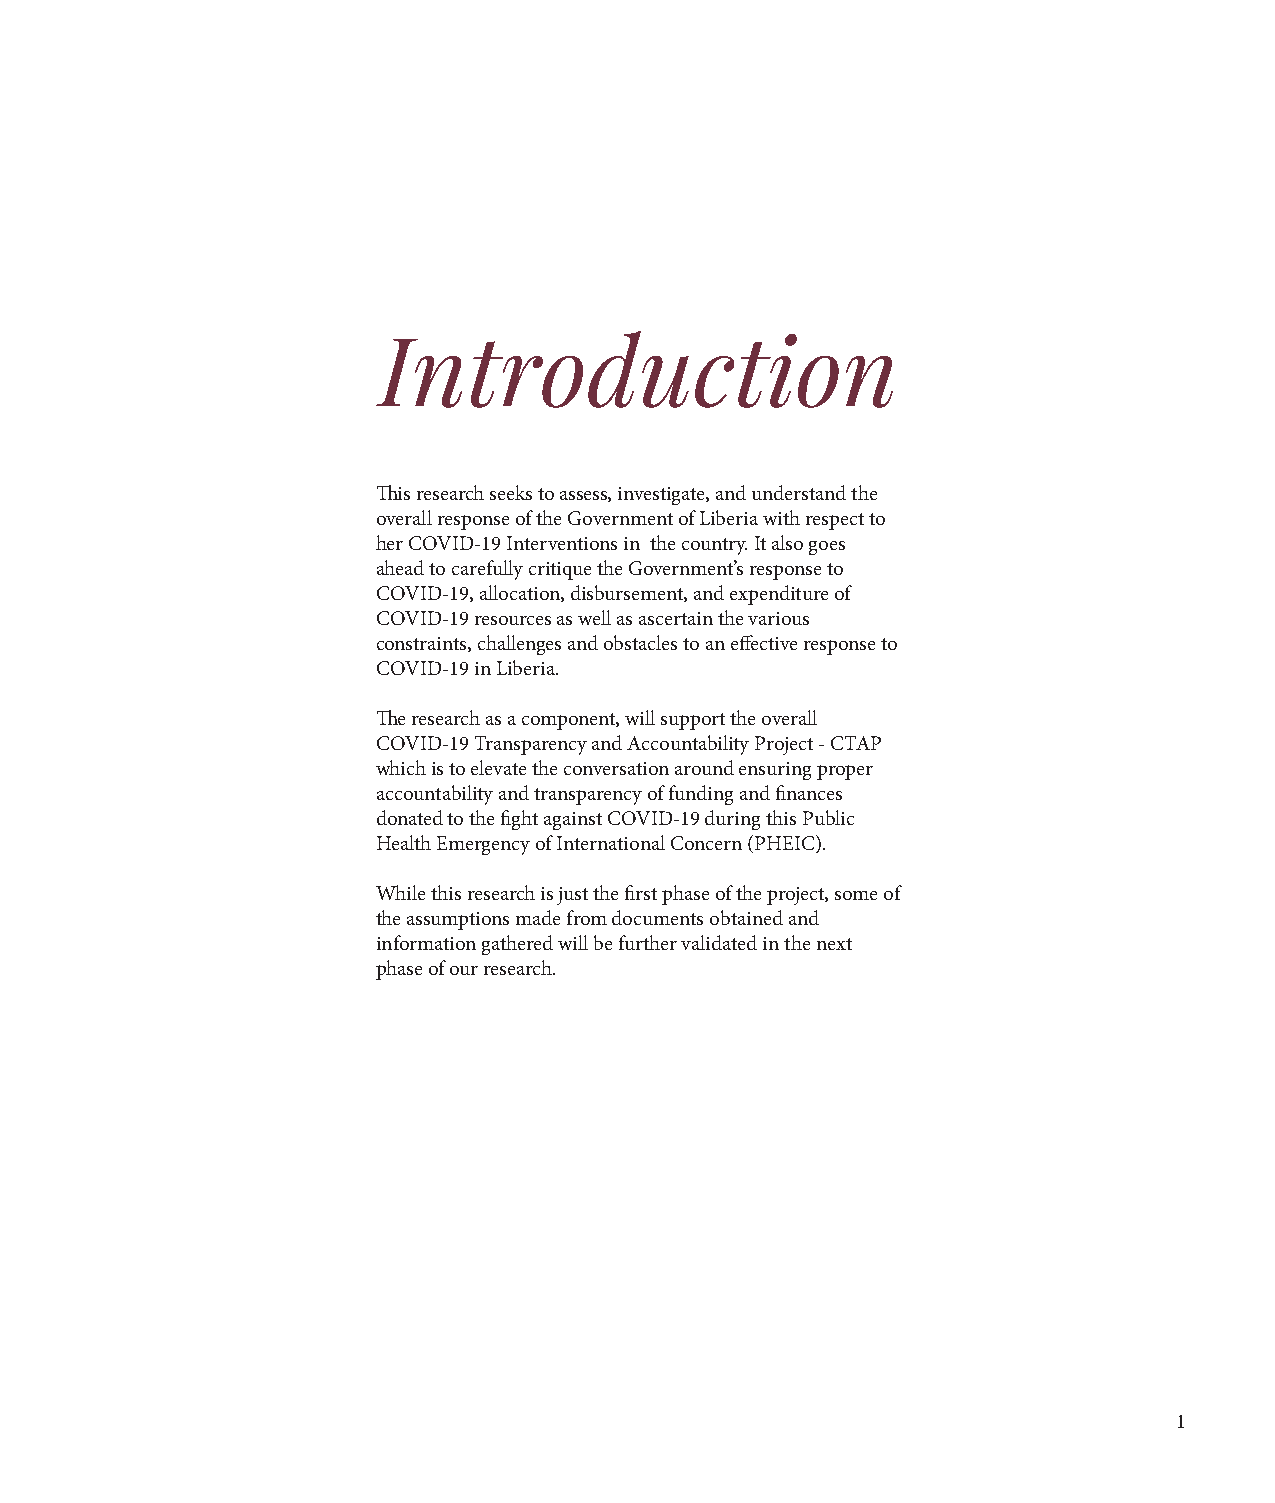
Introduction
 This research seeks to assess, investigate, and understand the
 overall response of the Government of Liberia with respect to
 her COVID-19 Interventions in the country. It also goes
 ahead to carefully critique the Government’s response to
 COVID-19, allocation, disbursement, and expenditure of
 COVID-19 resources as well as ascertain the various
 constraints, challenges and obstacles to an effective response to
 COVID-19 in Liberia.
 The research as a component, will support the overall
 COVID-19 Transparency and Accountability Project - CTAP
 which is to elevate the conversation around ensuring proper
 accountability and transparency of funding and finances
 donated to the fight against COVID-19 during this Public
 Health Emergency of International Concern (PHEIC).
 While this research is just the first phase of the project, some of
 the assumptions made from documents obtained and
 information gathered will be further validated in the next
 phase of our research.
 1